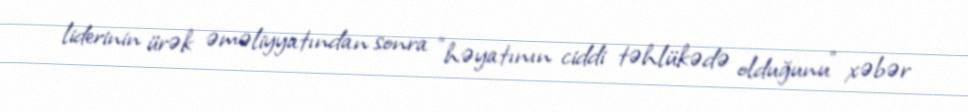
liderinin ürək əməliyyatından sonra "həyatının ciddi təhlükədə olduğunu” xəbər